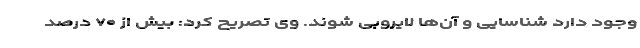
وجود دارد شناسایی و آن‌ها لایروبی شوند. وی تصریح کرد: بیش از ۷۰ درصد